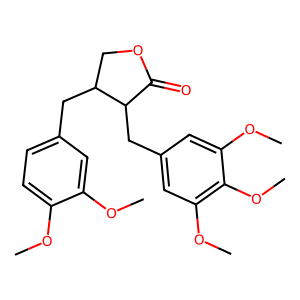
SMILES: COc1ccc(CC2COC(=O)C2Cc2cc(OC)c(OC)c(OC)c2)cc1OC
Inhibits HIV replication: No